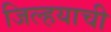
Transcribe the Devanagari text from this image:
जिल्हयाची